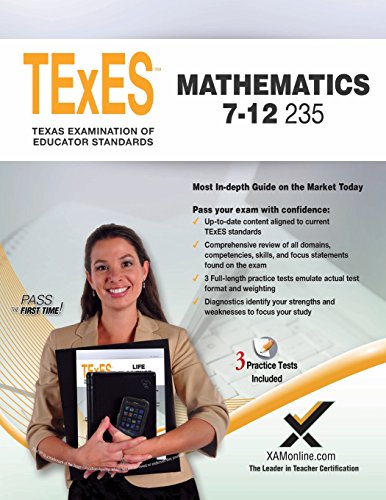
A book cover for TExES Mathematics 7-12 235; Sharon A Wynne; Test Preparation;